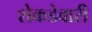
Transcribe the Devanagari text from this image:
शेकडेवारी